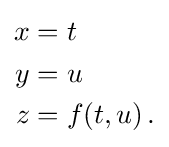
{\begin{aligned}x&=t\\y&=u\\z&=f(t,u)\,.\end{aligned}}